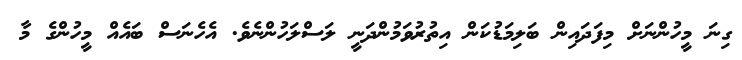
ގިނަ މީހުންނަށް މިފަދައިން ބަލިމަޑުކަން އިތުރުވަމުންދަނީ ލަސްލަހުންނެވެ. އެހެނަސް ބައެއް މީހުންގެ މާ